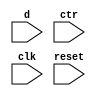
`timescale 1ns / 1ps
//////////////////////////////////////////////////////////////////////////////////
// Company: 
// Engineer: 
// 
// Design Name: 
// Module Name: universal_shift
// Project Name: 
// Target Devices: 
// Tool Versions: 
// Description: 
// 
// Dependencies: 
// 
// Revision:
// Revision 0.01 - File Created
// Additional Comments:
// 
//////////////////////////////////////////////////////////////////////////////////


module universal_shift(
    input [4:0] d,
    input [2:0] ctr,
    input clk,
    input reset
    );
endmodule